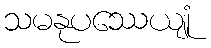
သမနုပဿေယျုံ